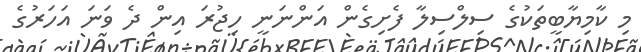
މި ކާމިޔާބީތަކުގެ ސިލްސިލާ ފެށިގެން އަންނަނީ ހިޖުރަ އިން ދެ ވަނަ އަހަރުގެ